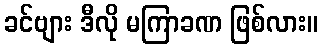
ခင်ဗျား ဒီလို မကြာခဏ ဖြစ်လား။